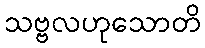
သဗ္ဗလဟုသောတိ